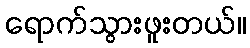
ရောက်သွားဖူးတယ်။